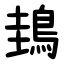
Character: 䳏